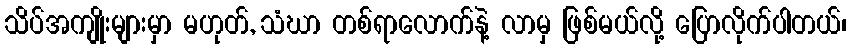
သိပ်အကျိုးများမှာ မဟုတ်, သံဃာ တစ်ရာလောက်နဲ့ လာမှ ဖြစ်မယ်လို့ ပြောလိုက်ပါတယ်၊